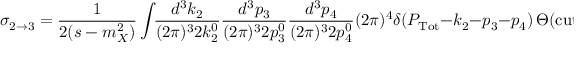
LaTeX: \sigma _ { 2 \rightarrow 3 } = \frac { 1 } { 2 ( s - m _ { X } ^ { 2 } ) } \int \! \! \frac { d ^ { 3 } k _ { 2 } } { ( 2 \pi ) ^ { 3 } 2 k _ { 2 } ^ { 0 } } \frac { d ^ { 3 } p _ { 3 } } { ( 2 \pi ) ^ { 3 } 2 p _ { 3 } ^ { 0 } } \frac { d ^ { 3 } p _ { 4 } } { ( 2 \pi ) ^ { 3 } 2 p _ { 4 } ^ { 0 } } ( 2 \pi ) ^ { 4 } \delta ( P _ { \mathrm { T o t } } - k _ { 2 } - p _ { 3 } - p _ { 4 } ) \, \Theta ( \mathrm { c u t s } ) \, | { \cal M } _ { 2 \rightarrow 3 } | ^ { 2 }